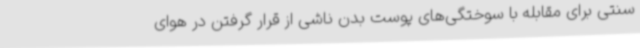
سنتی برای مقابله با سوختگی‌های پوست بدن ناشی از قرار گرفتن در هوای